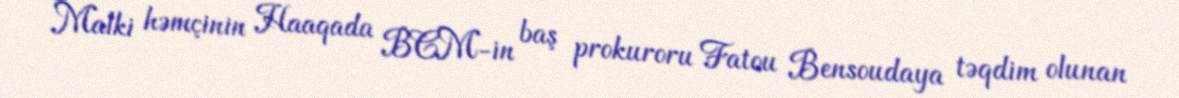
Malki həmçinin Haaqada BCM-in baş prokuroru Fatou Bensoudaya təqdim olunan